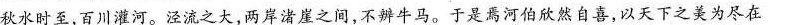
秋水时至，百川灌河。泾流之大，两岸渚崖之间，不辨牛马。于是焉河伯欣然自喜，以天下之美为尽在